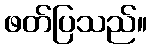
ဖတ်ပြသည်။